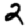
Digit: 2